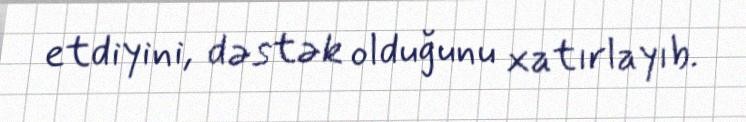
etdiyini, dəstək olduğunu xatırlayıb.